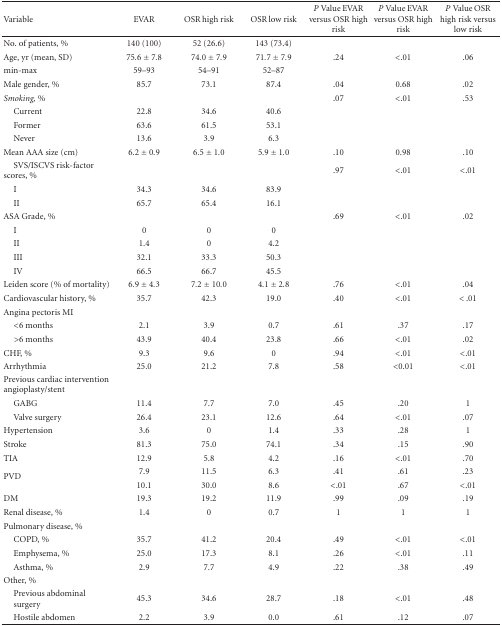
<table><thead><tr><td><b>Variable</b></td><td><b>EVAR</b></td><td><b>OSR high risk</b></td><td><b>OSR low risk</b></td><td><b><i>P</i> Value EVAR versus OSR high risk</b></td><td><b><i>P</i> Value EVAR versus OSR high risk</b></td><td><b><i>P</i> Value OSR high risk versus low risk</b></td></tr></thead><tbody><tr><td>No. of patients, %</td><td>140 (100)</td><td>52 (26.6)</td><td>143 (73.4)</td><td></td><td></td><td></td></tr><tr><td>Age, yr (mean, SD)</td><td>75.6 ± 7.8</td><td>74.0 ± 7.9</td><td>71.7 ± 7.9</td><td>.24</td><td>&lt;.01</td><td>.06</td></tr><tr><td>min-max</td><td>59–93</td><td>54–91</td><td>52–87</td><td></td><td></td><td></td></tr><tr><td>Male gender, %</td><td>85.7</td><td>73.1</td><td>87.4</td><td>.04</td><td>0.68</td><td>.02</td></tr><tr><td><i>Smoking, %</i></td><td></td><td></td><td></td><td>.07</td><td>&lt;.01</td><td>.53</td></tr><tr><td> Current</td><td>22.8</td><td>34.6</td><td>40.6</td><td></td><td></td><td></td></tr><tr><td> Former</td><td>63.6</td><td>61.5</td><td>53.1</td><td></td><td></td><td></td></tr><tr><td> Never</td><td>13.6</td><td>3.9</td><td>6.3</td><td></td><td></td><td></td></tr><tr><td>Mean AAA size (cm)</td><td>6.2 ± 0.9</td><td>6.5 ± 1.0</td><td>5.9 ± 1.0</td><td>.10</td><td>0.98</td><td>.10</td></tr><tr><td> SVS/ISCVS risk-factor scores, %</td><td></td><td></td><td></td><td>.97</td><td>&lt;.01</td><td>&lt;.01</td></tr><tr><td> I</td><td>34.3</td><td>34.6</td><td>83.9</td><td></td><td></td><td></td></tr><tr><td> II</td><td>65.7</td><td>65.4</td><td>16.1</td><td></td><td></td><td></td></tr><tr><td>ASA Grade, %</td><td></td><td></td><td></td><td>.69</td><td>&lt;.01</td><td>.02</td></tr><tr><td> I</td><td>0</td><td>0</td><td>0</td><td></td><td></td><td></td></tr><tr><td> II</td><td>1.4</td><td>0</td><td>4.2</td><td></td><td></td><td></td></tr><tr><td> III</td><td>32.1</td><td>33.3</td><td>50.3</td><td></td><td></td><td></td></tr><tr><td> IV</td><td>66.5</td><td>66.7</td><td>45.5</td><td></td><td></td><td></td></tr><tr><td>Leiden score (% of mortality)</td><td>6.9 ± 4.3</td><td>7.2 ± 10.0</td><td>4.1 ± 2.8</td><td>.76</td><td>&lt;.01</td><td>.04</td></tr><tr><td>Cardiovascular history, %</td><td>35.7</td><td>42.3</td><td>19.0</td><td>.40</td><td>&lt;.01</td><td>&lt; .01</td></tr><tr><td>Angina pectoris MI</td><td></td><td></td><td></td><td></td><td></td><td></td></tr><tr><td> &lt;6 months</td><td>2.1</td><td>3.9</td><td>0.7</td><td>.61</td><td>.37</td><td>.17</td></tr><tr><td> &gt;6 months</td><td>43.9</td><td>40.4</td><td>23.8</td><td>.66</td><td>&lt;.01</td><td>.02</td></tr><tr><td>CHF, %</td><td>9.3</td><td>9.6</td><td>0</td><td>.94</td><td>&lt;.01</td><td>&lt;.01</td></tr><tr><td>Arrhythmia</td><td>25.0</td><td>21.2</td><td>7.8</td><td>.58</td><td>&lt;0.01</td><td>&lt;.01</td></tr><tr><td>Previous cardiac intervention angioplasty/stent</td><td></td><td></td><td></td><td></td><td></td><td></td></tr><tr><td> GABG</td><td>11.4</td><td>7.7</td><td>7.0</td><td>.45</td><td>.20</td><td>1</td></tr><tr><td> Valve surgery</td><td>26.4</td><td>23.1</td><td>12.6</td><td>.64</td><td>&lt;.01</td><td>.07</td></tr><tr><td>Hypertension</td><td>3.6</td><td>0</td><td>1.4</td><td>.33</td><td>.28</td><td>1</td></tr><tr><td>Stroke</td><td>81.3</td><td>75.0</td><td>74.1</td><td>.34</td><td>.15</td><td>.90</td></tr><tr><td>TIA</td><td>12.9</td><td>5.8</td><td>4.2</td><td>.16</td><td>&lt;.01</td><td>.70</td></tr><tr><td rowspan="2">PVD</td><td>7.9</td><td>11.5</td><td>6.3</td><td>.41</td><td>.61</td><td>.23</td></tr><tr><td>10.1</td><td>30.0</td><td>8.6</td><td>&lt;.01</td><td>.67</td><td>&lt;.01</td></tr><tr><td>DM</td><td>19.3</td><td>19.2</td><td>11.9</td><td>.99</td><td>.09</td><td>.19</td></tr><tr><td>Renal disease, %</td><td>1.4</td><td>0</td><td>0.7</td><td>1</td><td>1</td><td>1</td></tr><tr><td>Pulmonary disease, %</td><td></td><td></td><td></td><td></td><td></td><td></td></tr><tr><td> COPD, %</td><td>35.7</td><td>41.2</td><td>20.4</td><td>.49</td><td>&lt;.01</td><td>&lt;.01</td></tr><tr><td> Emphysema, %</td><td>25.0</td><td>17.3</td><td>8.1</td><td>.26</td><td>&lt;.01</td><td>.11</td></tr><tr><td> Asthma, %</td><td>2.9</td><td>7.7</td><td>4.9</td><td>.22</td><td>.38</td><td>.49</td></tr><tr><td>Other, %</td><td></td><td></td><td></td><td></td><td></td><td></td></tr><tr><td> Previous abdominalsurgery</td><td>45.3</td><td>34.6</td><td>28.7</td><td>.18</td><td>&lt;.01</td><td>.48</td></tr><tr><td> Hostile abdomen</td><td>2.2</td><td>3.9</td><td>0.0</td><td>.61</td><td>.12</td><td>.07</td></tr></tbody></table>